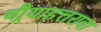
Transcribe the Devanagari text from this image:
चौर्‍याहत्तरावा